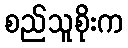
စည်သူစိုးက